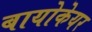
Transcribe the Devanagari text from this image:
बायोकेयर